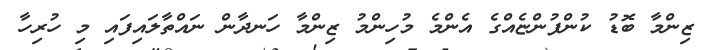
ޒިންމާ ބޮޑު ކުންފުންޏެއްގެ އެންމެ މުހިންމު ޒިންމާ ހަނދާން ނައްތާލައިފައި މި ހުރިހާ